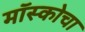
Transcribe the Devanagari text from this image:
मॉस्कोचा